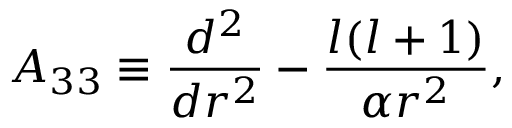
A _ { 3 3 } \equiv { \frac { d ^ { 2 } } { d r ^ { 2 } } } - { \frac { l ( l + 1 ) } { \alpha r ^ { 2 } } } ,